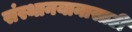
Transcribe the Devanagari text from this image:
संस्थानयानासाठी